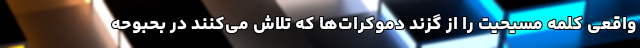
واقعی کلمه مسیحیت را از گزند دموکرات‌ها که تلاش می‌کنند در بحبوحه